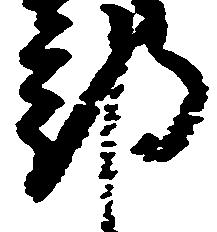
部